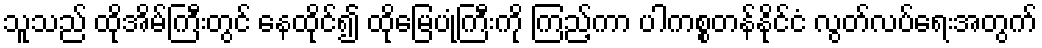
သူသည် ထိုအိမ်ကြီးတွင် နေထိုင်၍ ထိုမြေပုံကြီးကို ကြည့်ကာ ပါကစ္စတန်နိုင်ငံ လွတ်လပ်ရေးအတွက်